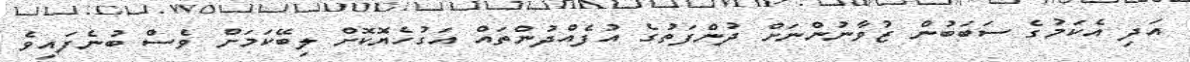
އަދި އެކަމުގެ ސަބަބުން ޒުވާނުންނަށް ދުންފަތުގެ އުފެއްދުންތައް އަގުހެޔޮކޮށް ލިބޭކަމަށް ވެސް ބުނެފައިވެ